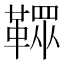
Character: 𩌔